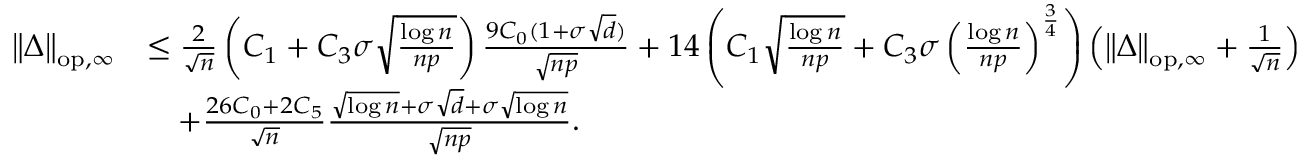
\begin{array} { r l } { \left\| { \Delta } \right\| _ { \mathrm { o p , \infty } } } & { \leq \frac { 2 } { \sqrt { n } } \left( C _ { 1 } + C _ { 3 } \sigma \sqrt { \frac { \log n } { n p } } \right) \frac { 9 C _ { 0 } ( 1 + \sigma \sqrt { d } ) } { \sqrt { n p } } + 1 4 \left( C _ { 1 } \sqrt { \frac { \log n } { n p } } + C _ { 3 } \sigma \left( \frac { \log n } { n p } \right) ^ { \frac { 3 } { 4 } } \right) \left( \left\| { \Delta } \right\| _ { \mathrm { o p , \infty } } + \frac { 1 } { \sqrt { n } } \right) } \\ & { \quad + \frac { 2 6 C _ { 0 } + 2 C _ { 5 } } { \sqrt { n } } \frac { \sqrt { \log n } + \sigma \sqrt { d } + \sigma \sqrt { \log n } } { \sqrt { n p } } . } \end{array}